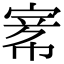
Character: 𡩅